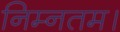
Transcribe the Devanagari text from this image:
निम्नतम।